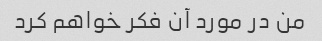
من در مورد آن فکر خواهم کرد